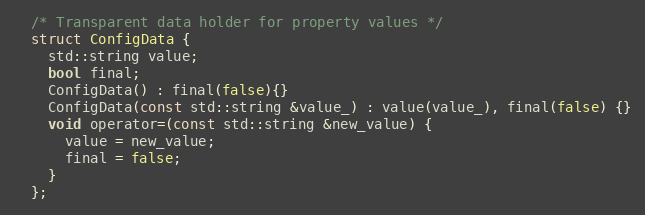
Language: C
  /* Transparent data holder for property values */
  struct ConfigData {
    std::string value;
    bool final;
    ConfigData() : final(false){}
    ConfigData(const std::string &value_) : value(value_), final(false) {}
    void operator=(const std::string &new_value) {
      value = new_value;
      final = false;
    }
  };